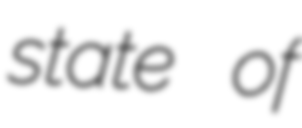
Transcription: state of